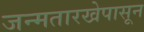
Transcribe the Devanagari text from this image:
जन्मतारखेपासून